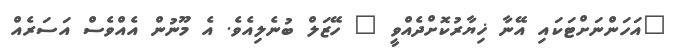
"އަހަންނަށްޓަކައި އޭނާ ޚިޔާރުކޮށްދެއްވީ " ހޭޒަލް ބުނެލިއެވެ. އެ މޫނުން އެއްވެސް އަސަރެއް